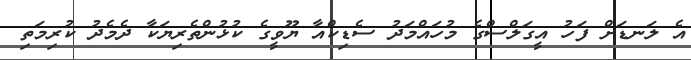
އެ ލަނޑަށް ފަހު އީގަލްސްގެ މުހައްމަދު ސެޑިކްއާ ޔޫވީގެ ކުޅުންތެރިޔަކާ ދެމެދު ކުރިމަތި